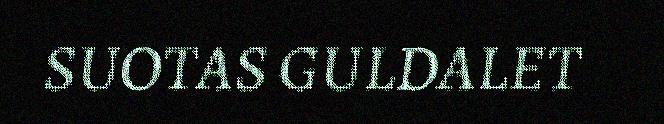
SUOTAS GULDALET